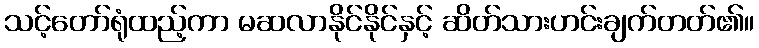
သင့်တော်ရုံထည့်ကာ မဆလာနိုင်နိုင်နှင့် ဆိတ်သားဟင်းချက်တတ်၏။